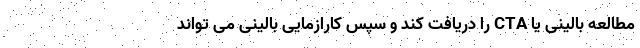
مطالعه بالینی یا CTA را دریافت کند و سپس کارازمایی بالینی می تواند